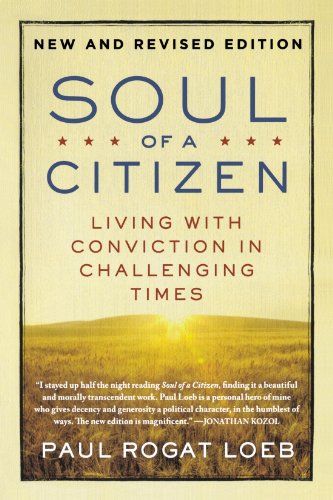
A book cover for Soul of a Citizen: Living with Conviction in Challenging Times; Paul Rogat Loeb; Business & Money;